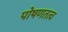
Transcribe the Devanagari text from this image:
पोषणतत्व